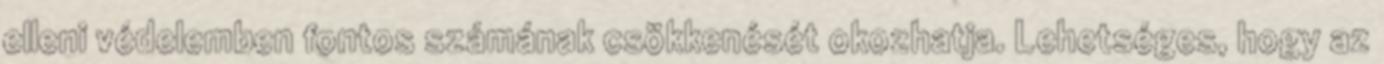
elleni védelemben fontos számának csökkenését okozhatja. Lehetséges, hogy az